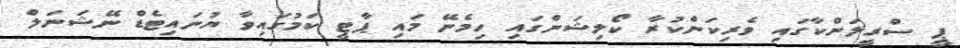
ޕީ ސްރީލަންކާގައި ވެރިކަންކުރާ ކޯލިޝަންގައި ހިމެނޭ މައި ޕާޓީ ކަމުގައިވާ ޔުނައިޓެޑް ނޭޝަނަލް